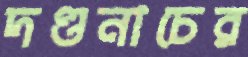
দণ্ডনাচের